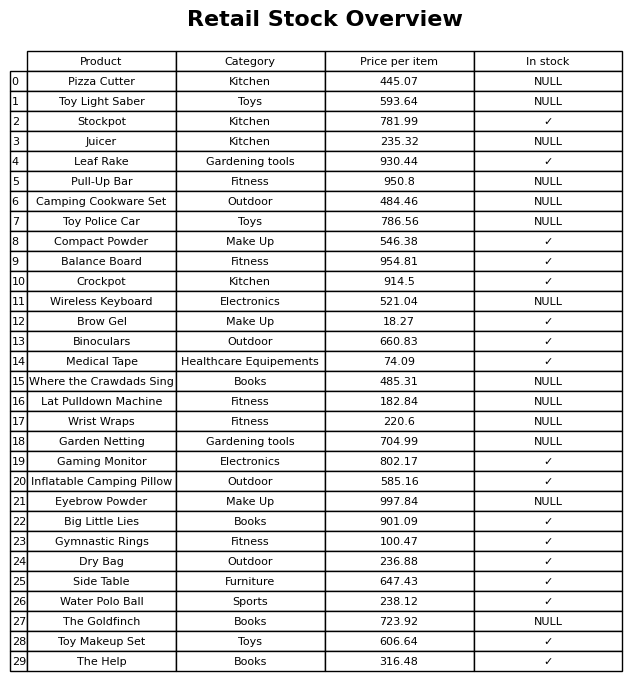
question: What is the price of the Toy Light Saber?
answer: The price of Toy Light Saber is 593.64.